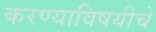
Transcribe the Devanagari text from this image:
करण्याविषयीचे